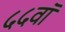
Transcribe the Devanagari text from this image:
५५वॉ